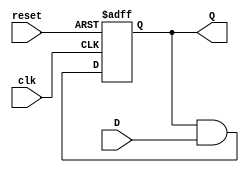
module feedback_register (
    input wire clk,         // Clock signal
    input wire reset,       // Reset signal
    input wire D,           // Data input
    output reg Q            // Output (current state)
);

// Sequential logic block
always @(posedge clk or posedge reset) begin
    if (reset) begin
        Q <= 1'b0;         // Asynchronous reset to 0
    end else begin
        // State transition logic
        // Here we can define the next state based on current state (Q) and input (D)
        Q <= Q & D;        // Example logic: AND current state with input D
        // You can modify this logic as needed for your specific application
    end
end

endmodule